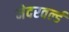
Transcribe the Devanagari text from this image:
नेदरवर्ल्ड